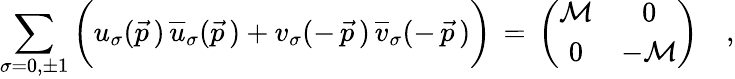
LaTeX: \sum_{\sigma=0,\pm 1}\bigg(u_{\sigma}(\vec{p}\, )\, {\overline{{u}}}_{\sigma}(\vec{p}\, )+v_{\sigma}(-\, \vec{p}\, )\, {\overline{{v}}}_{\sigma}(-\, \vec{p}\, )\bigg)\, =\, \left(\begin{array}{cc}{{{\cal M}}}&{{0}}\\ {{0}}&{{-{\cal M}}}\end{array}\right)\quad,